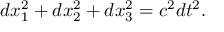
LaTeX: d x _ { 1 } ^ { 2 } + d x _ { 2 } ^ { 2 } + d x _ { 3 } ^ { 2 } = c ^ { 2 } d t ^ { 2 } .